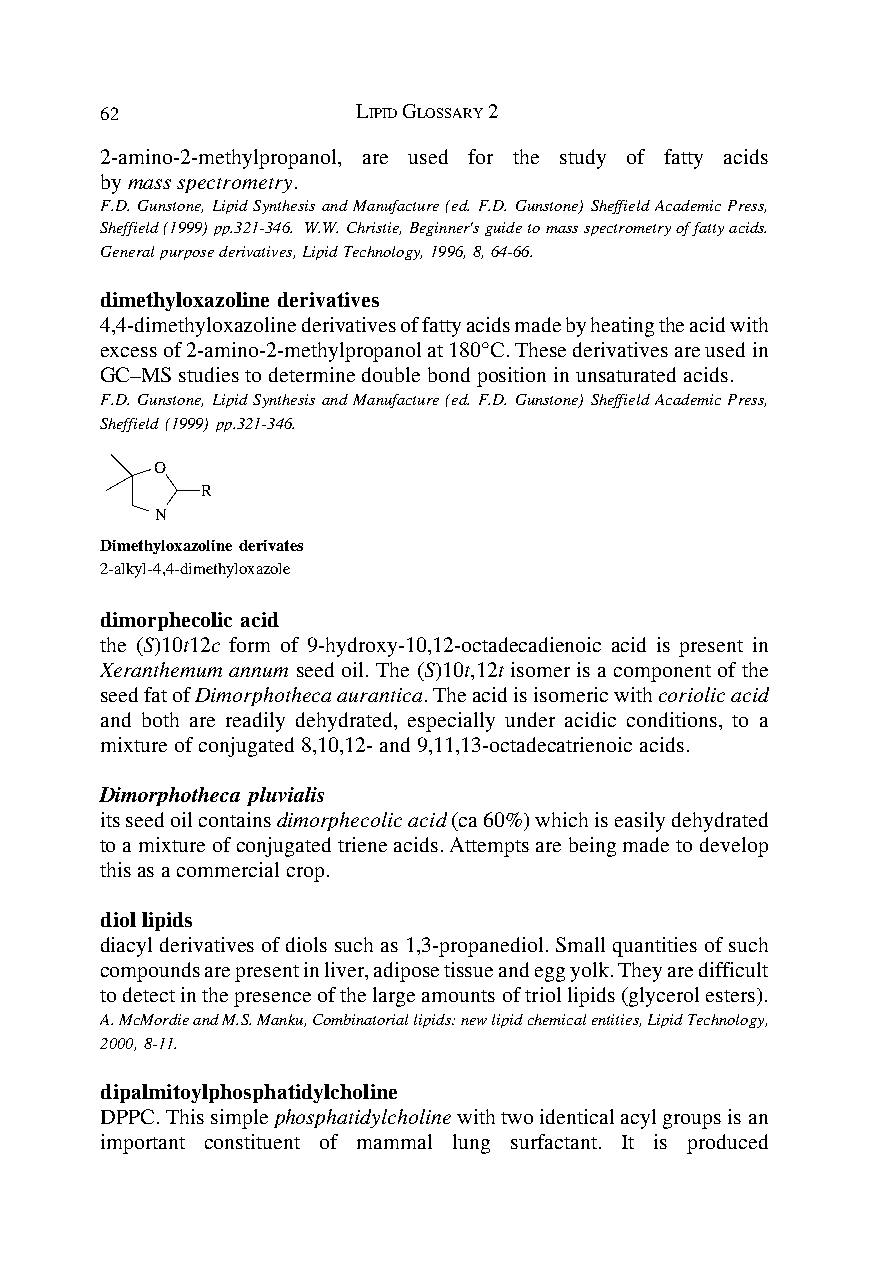
62               LIPID GLOSSARY 2
 2-amino-2-methylpropanol, are used for the study of fatty acids
 by mass spectrometry.
 F.D. Gunstone, Lipid Synthesis and Manufacture (ed. F.D. Gunstone) Sheffield Academic Press,
 Sheffield (1999) pp.321-346. W.W. Christie, Beginner's guide to mass spectrometry of fatty acids.
 General purpose derivatives, Lipid Technology, 1996, 8, 64-66.
 dimethyloxazoline derivatives
 4,4-dimethyloxazoline derivatives of fatty acids made by heating the acid with
 excess of 2-amino-2-methylpropanol at 180°C. These derivatives are used in
 GC–MS studies to determine double bond position in unsaturated acids.
 F.D. Gunstone, Lipid Synthesis and Manufacture (ed. F.D. Gunstone) Sheffield Academic Press,
 Sheffield (1999) pp.321-346.
 O
 R
 N
 Dimethyloxazoline derivates
 2-alkyl-4,4-dimethyloxazole
 dimorphecolic acid
 the (S)10t12c form of 9-hydroxy-10,12-octadecadienoic acid is present in
 Xeranthemum annum seed oil. The (S)10t,12t isomer is a component of the
 seed fat of Dimorphotheca aurantica. The acid is isomeric with coriolic acid
 and both are readily dehydrated, especially under acidic conditions, to a
 mixture of conjugated 8,10,12- and 9,11,13-octadecatrienoic acids.
 Dimorphotheca pluvialis
 its seed oil contains dimorphecolic acid (ca 60%) which is easily dehydrated
 to a mixture of conjugated triene acids. Attempts are being made to develop
 this as a commercial crop.
 diol lipids
 diacyl derivatives of diols such as 1,3-propanediol. Small quantities of such
 compounds are present in liver, adipose tissue and egg yolk. They are difficult
 to detect in the presence of the large amounts of triol lipids (glycerol esters).
 A. McMordie and M.S. Manku, Combinatorial lipids: new lipid chemical entities, Lipid Technology,
 2000, 8-11.
 dipalmitoylphosphatidylcholine
 DPPC. This simple phosphatidylcholine with two identical acyl groups is an
 important constituent of mammal lung surfactant. It is produced